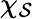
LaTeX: \chi_{\mathcal{S}}